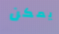
يمكن